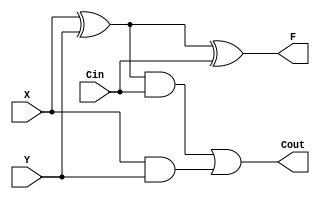
`timescale 1ns / 1ps
//////////////////////////////////////////////////////////////////////////////////
// Company: 
// Engineer: 
// 
// Design Name: 
// Module Name: adder
// Project Name: 
// Target Devices: 
// Tool Versions: 
// Description: 
// 
// Dependencies: 
// 
// Revision:
// Revision 0.01 - File Created
// Additional Comments:
// 
//////////////////////////////////////////////////////////////////////////////////


module adder(X,Y,Cin,F,Cout);

  input X,Y,Cin;
  output F,Cout;
  
  assign F = X ^ Y ^ Cin;
  assign Cout = (X ^ Y) & Cin | X & Y;
endmodule